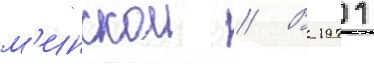
м'инскои // В 1971